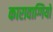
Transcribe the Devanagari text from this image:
कारावाग्गियो